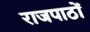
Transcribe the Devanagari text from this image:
राजपाठों